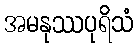
အမနုဿပုရိသံ